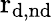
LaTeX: \mathrm{r_{d,nd}}